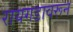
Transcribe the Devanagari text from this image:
रायगडावरून